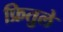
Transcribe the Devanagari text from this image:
फ्रितुले